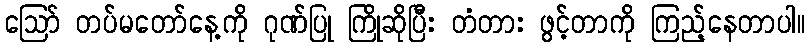
ဪ တပ်မတော်နေ့ကို ဂုဏ်ပြု ကြိုဆိုပြီး တံတား ဖွင့်တာကို ကြည့်နေတာပါ။